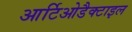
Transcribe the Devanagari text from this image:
आर्टिओडैक्टाइल